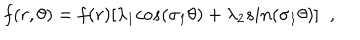
f ( r , \theta ) = f ( r ) [ \lambda _ { 1 } c o s ( \sigma _ { 1 } \theta ) + \lambda _ { 2 } s i n ( \sigma _ { 1 } \theta ) ] \; \; ,